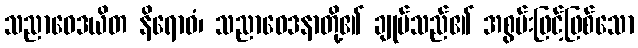
သညာဝေဒယိတ နိရောဓံ၊ သညာဝေဒနာတို့၏ ချုပ်သည်၏ အစွမ်းဖြင့်ဖြစ်သော